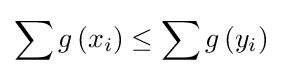
\sum g\left(x_{i}\right)\leq \sum g\left(y_{i}\right)